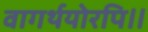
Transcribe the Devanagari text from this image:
वागर्थयोरपि॥